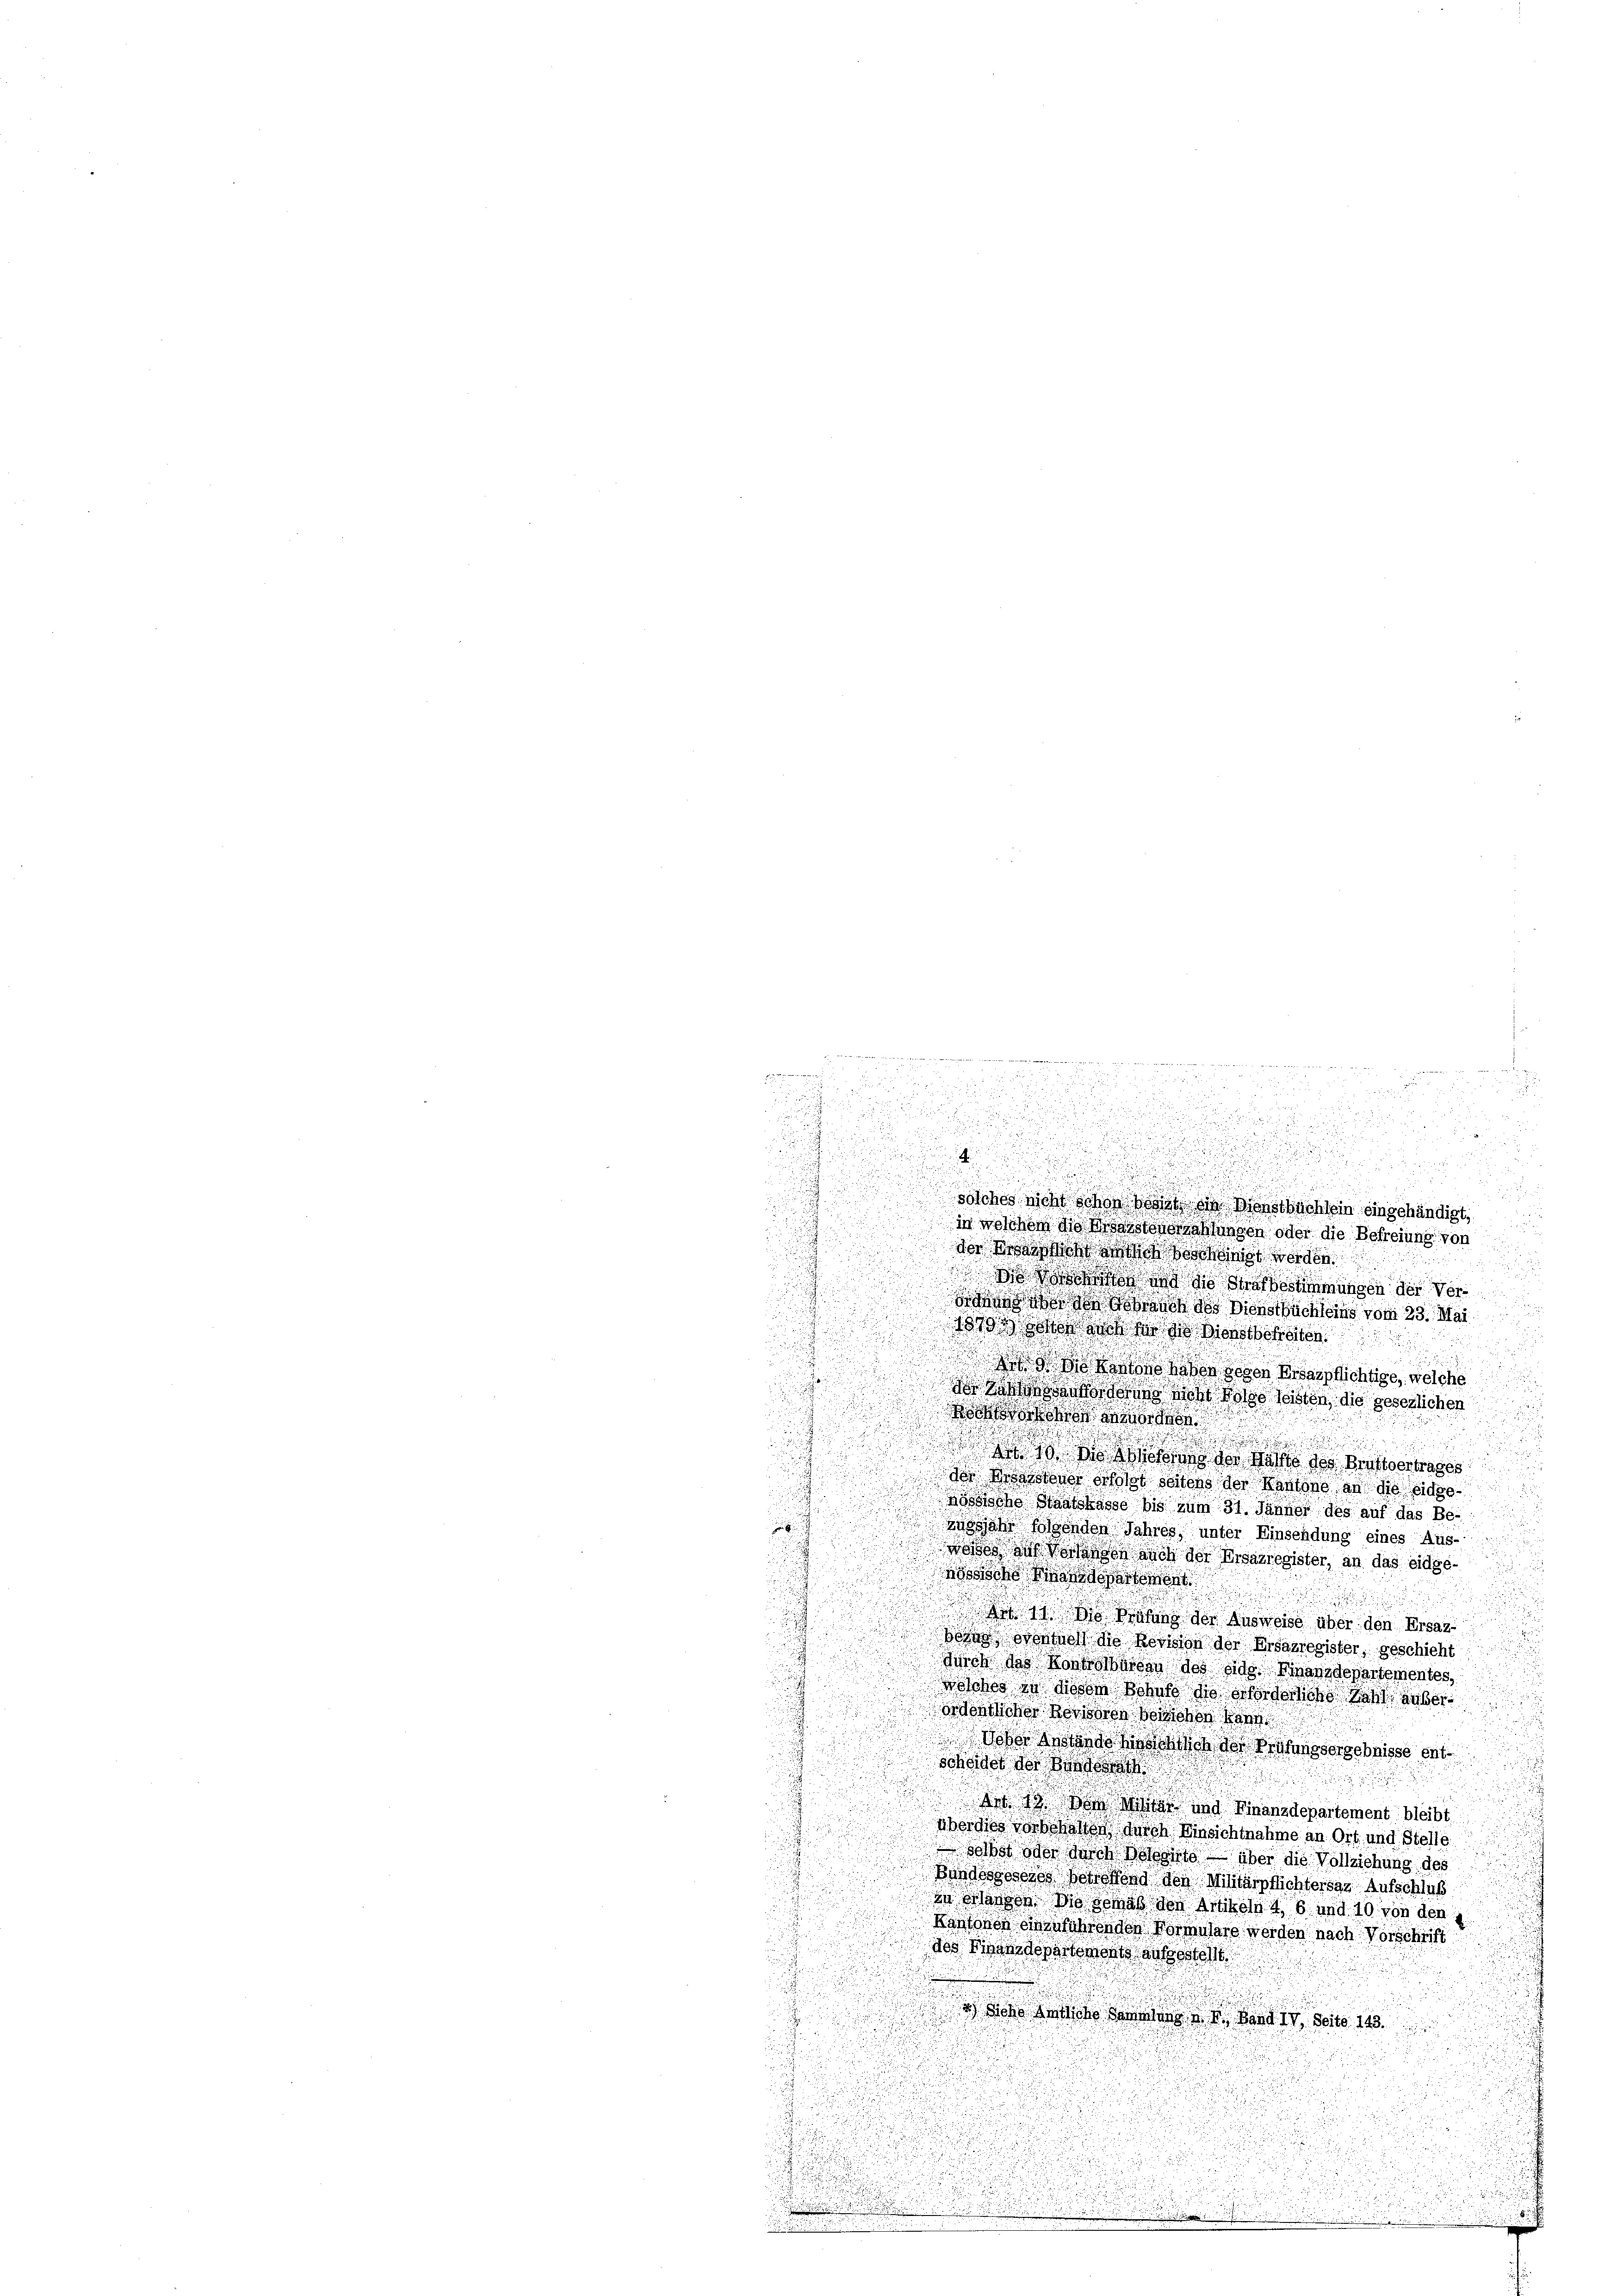
.

d

igung der den

u
u
n

Beende u. tritte in des zur Begeister auchters

t
u

 25
d

e

n

3
a

u

u

2
u

e
solches nicht schon bei ein Dienstbuchlein eingehändigt,
od

in welchem die Missstone zahlungen oder die Befreiung von
dor Brattacht auch sonst werden
sch  da ist und sie das bestimmungen des Ver¬
Saite den des Dienstbuchleins vom 23. Mai
1870 der auch für die Dienstschaften
.

 kann haben gegen Ersaspflichtige, welche
ackforderung nicht Folge leisten, die gesezlichen
e
o un

d 10. Die ich der Nähe des Brustvertrages
 der Massener erfolgt seitens der Kantone an die eidgeösche Staatskasse bis zum 31. Jänner des auf das Beujahr folgenden Jahres, unter Einsendung eines Aus-
worden auf denen auch der Ersazregister, an das eidge¬
 Sandson
ich in die Prüfung der Ausweise über den Ersat
Bora entner die Revision der Ersarregister, geschicht
durch das Kontrolbureau des eide Benzdepartementes
wölches in diese Behuts die orderlich den anberordentlicher Residen Berichen kann
Woher Anstande Hinsichtlich der Prüfungsergebnisse entscheider der Bundesrat

Ant. 13. Von Mitar und Finanzdepartement bleibt
Aber dies vorbehalten durch Einsichtnahme an Ort, und Stelle
 selbst oder durch Besite über die Vollziehung des
Bundessers Betreffend den Militärpflichtersas Aufschins
za Warsch des gemäß den Artikel u. 6. und 10. von den
Kantonen einenführenden Vormulare werden nach Vorschrift
des Niederdopartements aufgestellt
3) Joso Ruth    Band IV. Seite 190
.